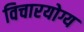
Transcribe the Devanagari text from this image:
विचारयोग्य